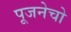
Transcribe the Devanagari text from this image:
पूजनेचो